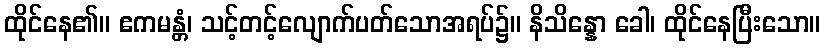
ထိုင်နေ၏။ ဧကမန္တံ၊ သင့်တင့်လျောက်ပတ်သောအရပ်၌။ နိသိန္နော ခေါ၊ ထိုင်နေပြီးသော။